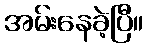
အမ်းနေခဲ့ပြီ။